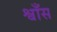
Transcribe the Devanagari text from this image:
श्वाँस